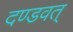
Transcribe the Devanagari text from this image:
दण्डवत्‌